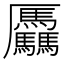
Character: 𠫑